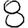
Digit: 8